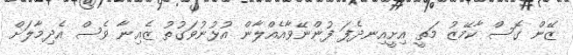
ޒޭން ގޮސް ކާމޭޒު މަތީ އިށީއިނދެފަ ފުންނޭވާއެއްލާން އުޅުނުވަގުތު ޒެއިނާ ވެސް އެދިމާލަށް